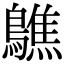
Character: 𪆄